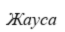
Жауса